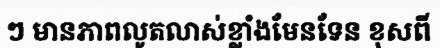
ៗ មានភាពលូតលាស់ខ្លាំងមែនទែន ខុសពី